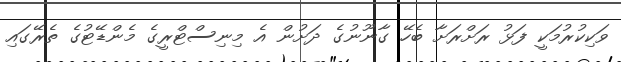
ވަކިކުރުމަކީ ފަޅު ރަށްރަށާ ބެހޭ ގާނޫނުގެ ދަށުން އެ މިނިސްޓްރީގެ މެންޑޭޓުގެ ތެރޭގައި